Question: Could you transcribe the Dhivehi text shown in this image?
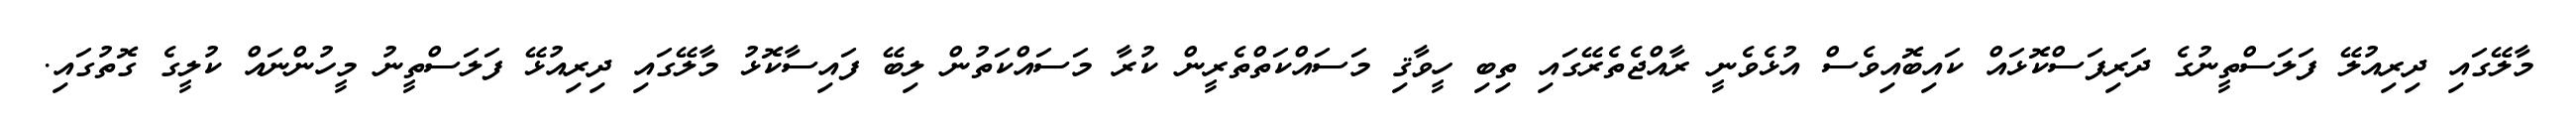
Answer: މާލޭގައި ދިރިއުލޭ ފަލަސްތީނުގެ ދަރިފަސްކޮޅައް ކައިބޮއިވެސް އުޅެވެނީ ރާއްޖެތެރޭގައި ތިބި ހީވާޤި މަސައްކަތްތެރީން ކުރާ މަސައްކަތުން ލިބޭ ފައިސާކޮޅު މާލޭގައި ދިރިއުޅޭ ފަލަސްތީނު މީހުންނައް ކުލީގެ ގޮތުގައި.